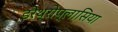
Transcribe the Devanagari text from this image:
इरेथ्रोप्लासिया